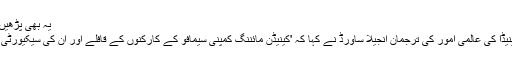
یہ بھی پڑھیں: برکینا فاسو: مسجد پر حملہ 16 نمازی جاں بحق
علاوہ ازیں سی بی سی نیوز نے رپورٹ کیا کہ کینیڈا کی عالمی امور کی ترجمان انجیلا ساورڈ نے کہا کہ 'کینیڈن مائننگ کمپنی سیمافو کے کارکنوں کے قافلے اور ان کی سیکیورٹی پر مامور فورسز پر حملے کی مذمت کرتے ہیں'۔